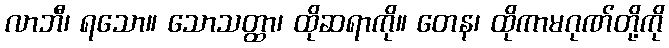
လာဘီ၊ ရသော။ သောသတ္ထာ၊ ထိုဆရာကို။ တေန၊ ထိုကာမဂုဏ်တို့ကို